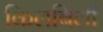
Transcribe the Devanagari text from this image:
किलबिली